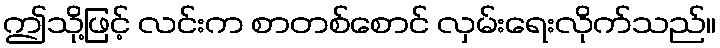
ဤသို့ဖြင့် လင်းက စာတစ်စောင် လှမ်းရေးလိုက်သည်။